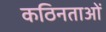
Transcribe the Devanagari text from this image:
कठिनताओं